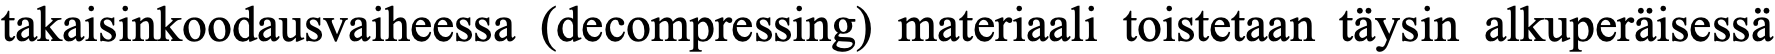
takaisinkoodausvaiheessa (decompressing) materiaali toistetaan täysin alkuperäisessä